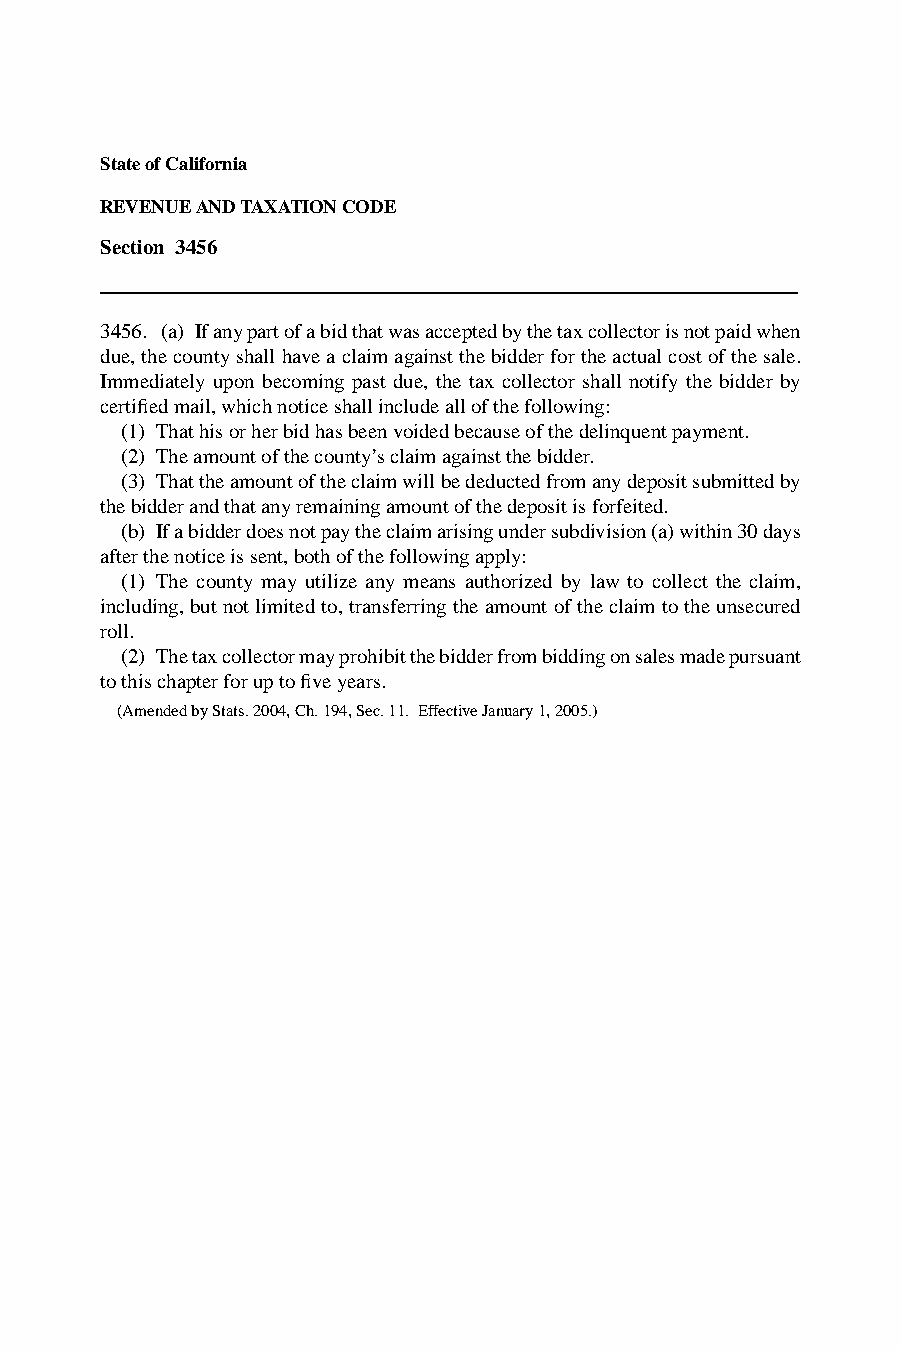
State of California
 REVENUE AND TAXATION CODE
 Section 3456
 3456. (a) If any part of a bid that was accepted by the tax collector is not paid when
 due, the county shall have a claim against the bidder for the actual cost of the sale.
 Immediately upon becoming past due, the tax collector shall notify the bidder by
 certified mail, which notice shall include all of the follo wing:
 (1) That his or her bid has been voided because of the delinquent payment.
 (2) The amount of the county’s claim against the bidder.
 (3) That the amount of the claim will be deducted from any deposit submitted by
 the bidder and that any remaining amount of the deposit is forfeited.
 (b) If a bidder does not pay the claim arising under subdivision (a) within 30 days
 after the notice is sent, both of the following apply:
 (1) The county may utilize any means authorized by law to collect the claim,
 including, but not limited to, transferring the amount of the claim to the unsecured
 roll.
 (2) The tax collector may prohibit the bidder from bidding on sales made pursuant
 to this chapter for up to fiv e years.
 (Amended by Stats. 2004, Ch. 194, Sec. 11. Effective January 1, 2005.)